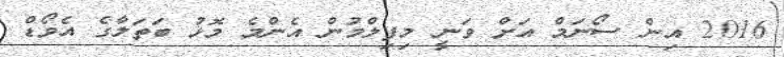
2016 އިން ސޯނަމް އަށް ވަނީ މިފިލްމުން އެންމެ މޮޅު ބަތަލާގެ އެވޯޑް